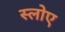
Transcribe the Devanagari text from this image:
स्लोए